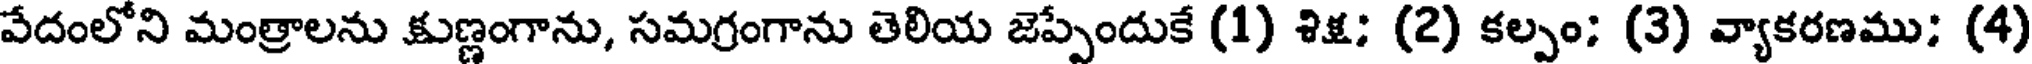
వేదంలోని మంత్రాలను క్షుణ్ణంగాను, సమగ్రంగాను తెలియ జెప్పేందుకే (1) శిక్ష; (2) కల్పం; (3) వ్యాకరణము; (4)